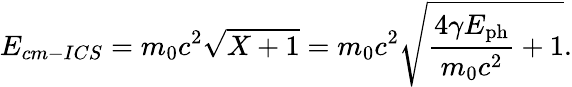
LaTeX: E_{cm-ICS}=m_{0}c^{2}\sqrt{X+1}=m_{0}c^{2}\sqrt{\frac{4\gamma E_{\mathrm{ph}}}{m_{0}c^{2}}+1}.